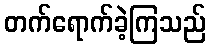
တက်ရောက်ခဲ့ကြသည်